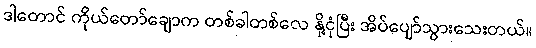
ဒါတောင် ကိုယ်တော်ချောက တစ်ခါတစ်လေ နို့ငုံပြီး အိပ်ပျော်သွားသေးတယ်။